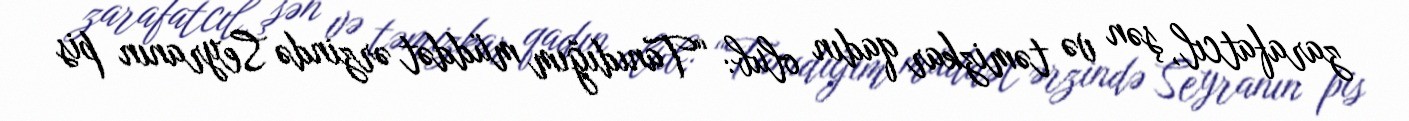
zarafatcıl, şən və təmizkar qadın olub: “Tanıdığım müddət ərzində Seyranın pis